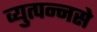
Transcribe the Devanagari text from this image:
व्युत्पन्नसे